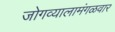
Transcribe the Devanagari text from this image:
जोगव्यालामंगळवार